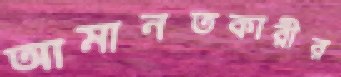
আমানতকারীর